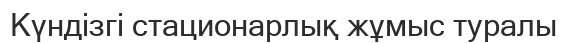
Күндізгі стационарлық жұмыс туралы